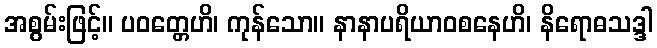
အစွမ်းဖြင့်။ ပဝတ္တေဟိ၊ ကုန်သော။ နာနာပရိယာဝစနေဟိ၊ နိရောဓသဒ္ဒါ